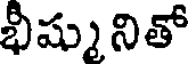
భీష్ము నితో